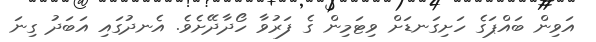
އަވިން ބައްޕަގެ ހަށިގަނޑަށް ވިޓަމިން ގެ ފަރުވާ ހޯދާދޭށެވެ. އެނދުގައި އަބަދު ގިނަ